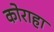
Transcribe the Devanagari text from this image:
कोराहा